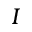
I